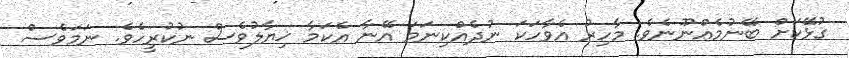
ގުޅޭކަށް ބޭނުމެއްނޫނެވެ. މާހިރު އެވާހަކަ ނުދެއްކިނަމަ އޭނާ އެކަމާ ޚިޔާލުވެސް ނުކުރީހެވެ. ނަމަވެސް